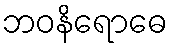
ဘဝနိရောဓေ